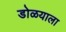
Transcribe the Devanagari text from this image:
डोळयाला